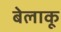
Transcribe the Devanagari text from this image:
बेलाकू